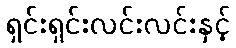
ရှင်းရှင်းလင်းလင်းနှင့်